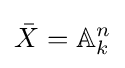
{\bar {X}}=\mathbb {A} _{k}^{n}